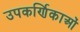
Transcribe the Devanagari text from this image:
उपकर्णिकाओं